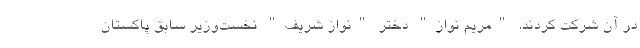
در آن شرکت کردند. "مریم نواز" دختر "نواز شریف" نخست‌وزیر سابق پاکستان